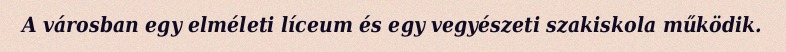
A városban egy elméleti líceum és egy vegyészeti szakiskola működik.